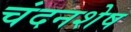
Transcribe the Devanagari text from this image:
चंदनशेष